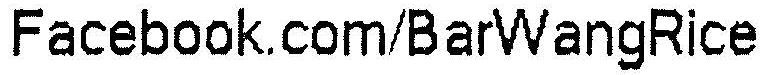
FACEBOOK.COM/BARWANGRICE